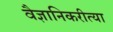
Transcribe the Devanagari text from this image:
वैज्ञानिकरीत्या